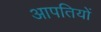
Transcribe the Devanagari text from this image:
आपतियों